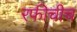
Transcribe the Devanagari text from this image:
रफीचीच